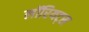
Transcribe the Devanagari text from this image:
लॉरियट्स